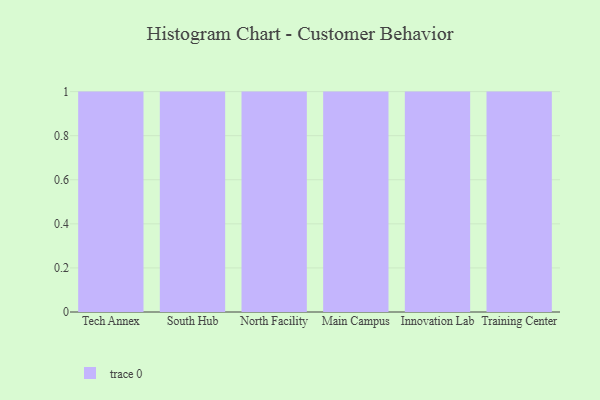
{"axis": {"x": "Campus", "y": "Net Income (USD K)"}, "legend": [""], "data": [{"x": "Tech Annex", "y": 7, "type": ""}, {"x": "South Hub", "y": 49, "type": ""}, {"x": "North Facility", "y": 20, "type": ""}, {"x": "Main Campus", "y": 82, "type": ""}, {"x": "Innovation Lab", "y": 33, "type": ""}, {"x": "Training Center", "y": 21, "type": ""}]}